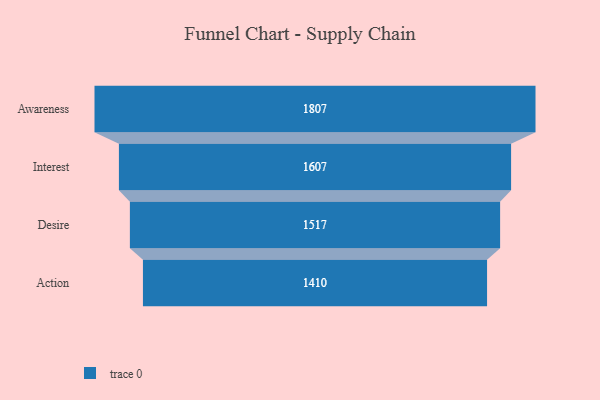
{"axis": {"x": "Stage", "y": "Value"}, "legend": [""], "data": [{"x": "Awareness", "y": 1807.0, "type": ""}, {"x": "Interest", "y": 1607.0, "type": ""}, {"x": "Desire", "y": 1517.0, "type": ""}, {"x": "Action", "y": 1410.0, "type": ""}]}